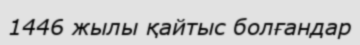
1446 жылы қайтыс болғандар